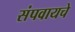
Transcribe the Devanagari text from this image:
संपवायचे